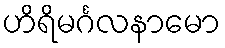
ဟိရိမင်္ဂလနာမော